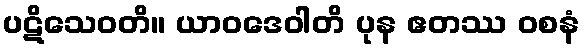
ပဋိသေဝတိ။ ယာဝဒေဝါတိ ပုန ဧတဿ ဝစနံ